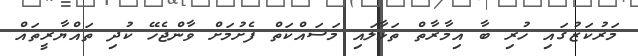
މަރުކަޒުގައި ހުރި ބާ އިމާރާތް ތަޅާލައި މަސައްކަތް ފެށުމަށް ވާންޖެހޭ ކުދި ތައްޔާރީތައް